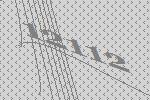
12112